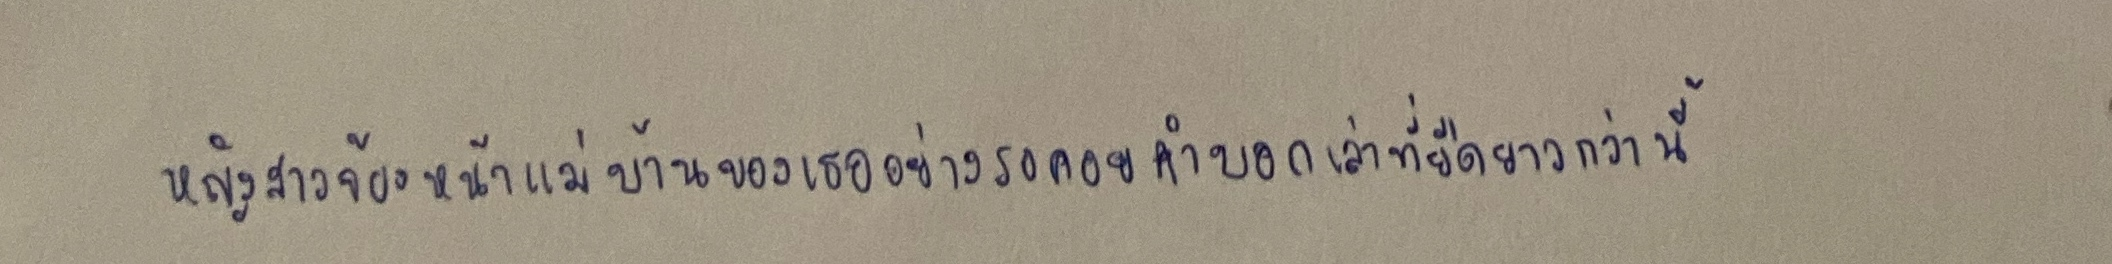
หญิงสาวจ้องหน้าแม่บ้านของเธออย่างรอคอยคำบอกเล่าที่ยืดยาวกว่านี้